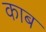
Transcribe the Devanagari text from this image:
काब